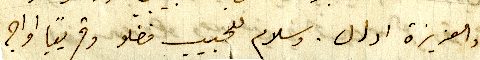
والعزيزة ادال. وسلام للحبيب فضلو وقريبا اواجه